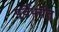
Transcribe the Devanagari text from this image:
पूर्वेपर्यंत